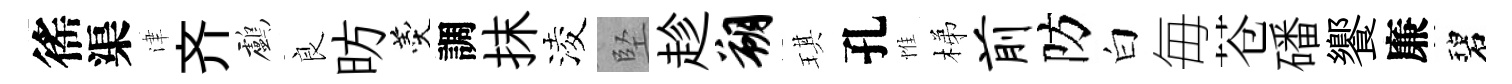
徭渠津齐鸕良昉羹調抹淩堅趁朔琪孔惟梯前防白毎苍磻饗廉碧